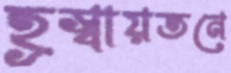
হ্রস্বায়তনে